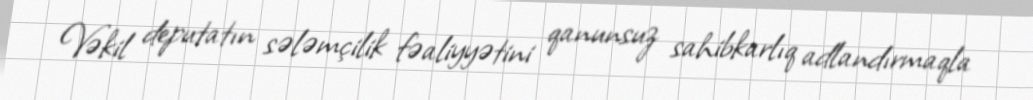
Vəkil deputatın sələmçilik fəaliyyətini qanunsuz sahibkarlıq adlandırmaqla